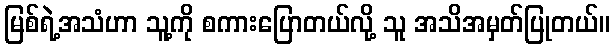
မြစ်ရဲ့အသံဟာ သူ့ကို စကားပြောတယ်လို့ သူ အသိအမှတ်ပြုတယ်။